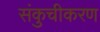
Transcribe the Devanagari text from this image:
संकुचीकरण